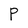
Character: P